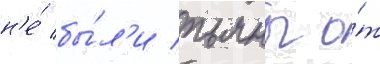
н'е́ бы́л'и пьяны о́т